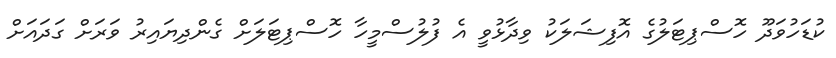
ކުޑަހުވަދޫ ހޮސްޕިޓަލުގެ އޮފިޝަލަކު ވިދާޅުވީ އެ ފުލުސްމީހާ ހޮސްޕިޓަލަށް ގެންދިޔައިރު ވަރަށް ގަދައަށް